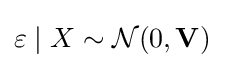
\varepsilon \mid X\sim {\mathcal {N}}(0,\mathbf {V} )